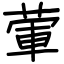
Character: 葷